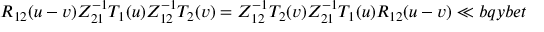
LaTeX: { R } _ { 1 2 } ( u - v ) Z _ { 2 1 } ^ { - 1 } T _ { 1 } ( u ) Z _ { 1 2 } ^ { - 1 } T _ { 2 } ( v ) = Z _ { 1 2 } ^ { - 1 } T _ { 2 } ( v ) Z _ { 2 1 } ^ { - 1 } T _ { 1 } ( u ) { R } _ { 1 2 } ( u - v ) \ll { b q y b e t }